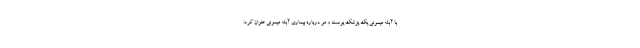
با آبله میمونی یک پزشک پوست و مو درباره بیماری آبله میمونی عنوان کرد: